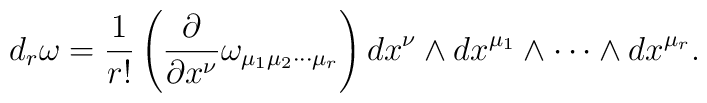
d_{r} \omega = \frac{1}{r!} \left( \frac{\partial}{\partial x^{\nu}}\omega_{\mu_{1} \mu_{2}\cdots \mu_{r}}\right)dx^{\nu}\wedge dx^{\mu_{1}}\wedge \cdots \wedge dx^{\mu_{r}}.